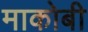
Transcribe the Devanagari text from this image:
माकोबी